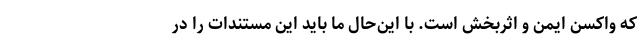
که واکسن ایمن و اثربخش است. با این‌حال ما باید این مستندات را در